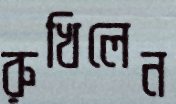
রুখিলেন